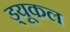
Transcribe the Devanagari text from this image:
ड्यूकल